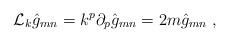
LaTeX: \begin{align*}\mathcal{L}_k \hat{g}_{mn}=k^p \partial_p \hat{g}_{mn}=2m\hat{g}_{mn}\; ,\end{align*}